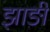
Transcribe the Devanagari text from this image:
झाङी